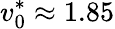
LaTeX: v_{0}^{*}\approx 1.85